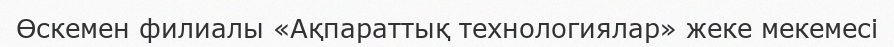
Өскемен филиалы «Ақпараттық технологиялар» жеке мекемесі